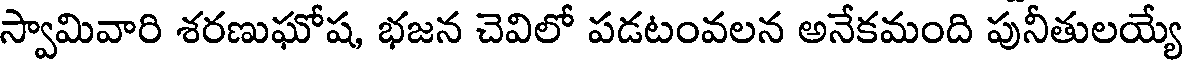
స్వామివారి శరణుఘోష, భజన చెవిలో పడటంవలన అనేకమంది పునీతులయ్యే